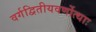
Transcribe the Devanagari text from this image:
वर्गद्वितीयवर्णोत्थाः